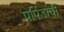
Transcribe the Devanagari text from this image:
प्रपिंडांची